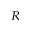
{ _ R }